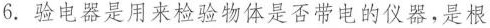
6.验电器是用来检验物体是否带电的仪器，是根